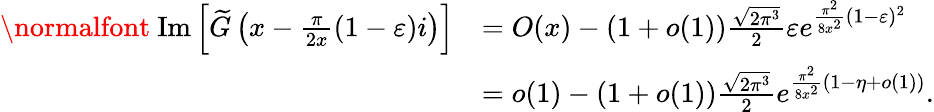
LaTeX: \begin{array}{rl}{\mathrm{\normalfont~Im}\left[\widetilde{G}\left(x-\frac{\pi}{2x}(1-\varepsilon)i\right)\right]}&{=O(x)-(1+o(1))\frac{\sqrt{2\pi^{3}}}{2}\varepsilon e^{\frac{\pi^{2}}{8x^{2}}(1-\varepsilon)^{2}}}\\ &{=o(1)-(1+o(1))\frac{\sqrt{2\pi^{3}}}{2}e^{\frac{\pi^{2}}{8x^{2}}(1-\eta+o(1))}.}\end{array}